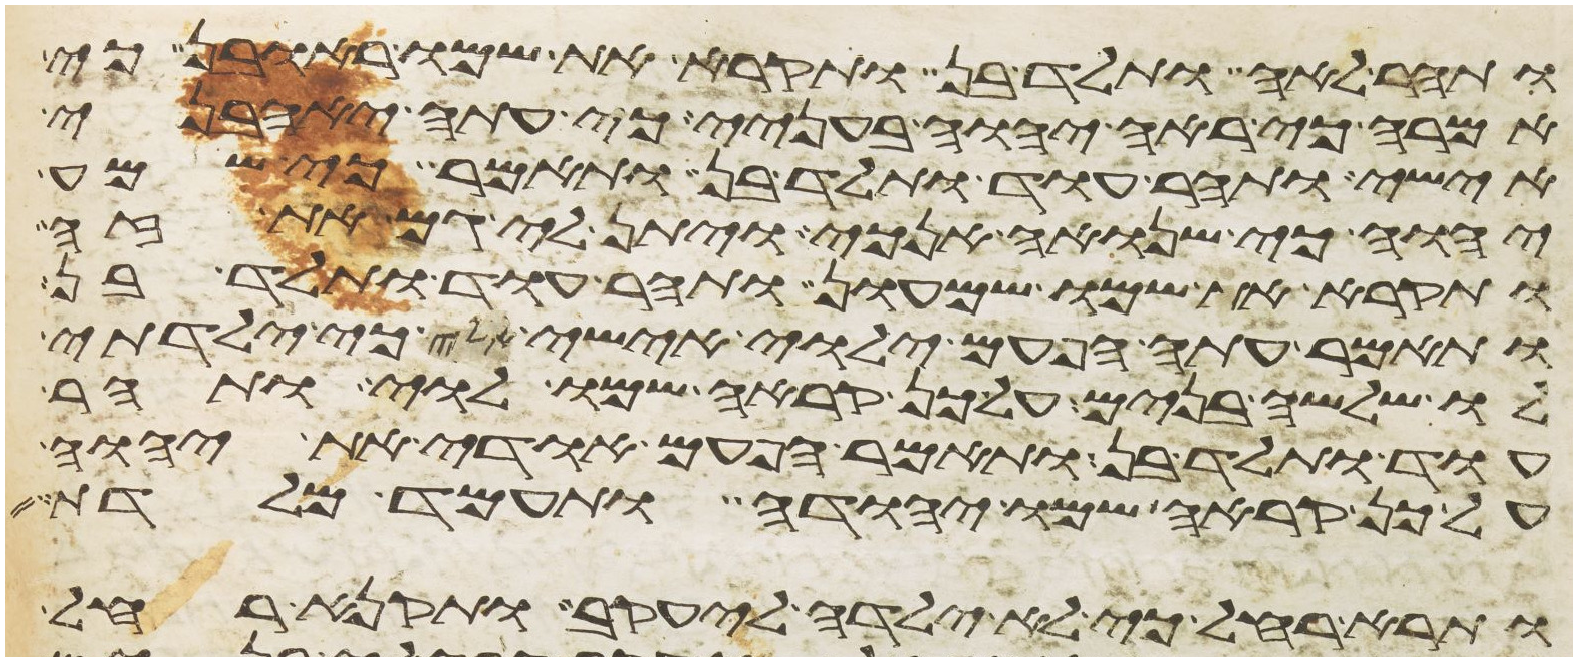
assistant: ותהר לאה ותלד בן ותקרא את שמו ראובן כי
אמרה כי ראה יהוה בעניי כי עתה יאהבני
אישי ותהר עוד ותלד בן ותאמר כי שמע
יהוה כי שנואה אנכי ויתן לי גם את זה
ותקרא את שמו שמעון ותהר עוד ותלד בן
ותאמר עתה הפעם ילוה אישי אלי כי ילדתי
לו שלשה בנים על כן קראה שמו לוי ותהר
עוד ותלד בן ותאמר הפעם אודה את יהוה
על כן קראה שמו יהודה ותעמד מלדת
ותרא רחל כי לא ילדה ליעקב ותקנא רחל